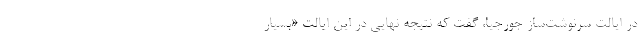
در ایالت سرنوشت‌ساز جورجیا، گفت که نتیجه نهایی در این ایالت «بسیار